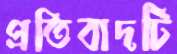
প্রতিবাদটি